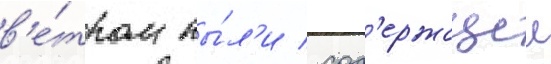
в'е́тром пы́л'и / сод'ержащеи